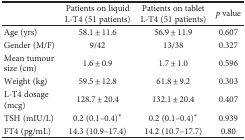
|  | Patients on liquid L-T4 (51 patients) | Patients on tablet L-T4 (51 patients) | p value |
 | --- | --- | --- | --- |
 | Age (yrs) | 58.1 ± 11.6 | 56.9 ± 11.9 | 0.607 |
 | Gender (M/F) | 9/42 | 13/38 | 0.327 |
 | Mean tumour size (cm) | 1.6 ± 0.9 | 1.7 ± 1.0 | 0.596 |
 | Weight (kg) | 59.5 ± 12.8 | 61.8 ± 9.2 | 0.303 |
 | L-T4 dosage (mcg) | 128.7 ± 20.4 | 132.1 ± 20.4 | 0.407 |
 | TSH (mIU/L) | 0.2 (0.1–0.4)∗ | 0.2 (0.1–0.4)∗ | 0.939 |
 | FT4 (pg/mL) | 14.3 (10.9–17.4) | 14.2 (10.7–17.7) | 0.80 |